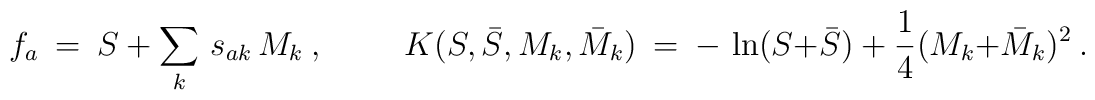
f_a\ =\ S\ +\ \sum_k\, s_{ak}\, M_k\ ,  \hskip 1cm  K (S, \bar S, M_k, \bar M_k)\ =\ -\, \ln (S + \bar S)\ +\ \frac{1}{4}\:  (M_k + \bar M_k)^2\ .